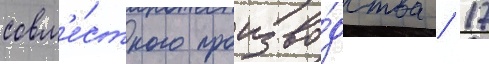
совм'е́стного произво́дства / 17